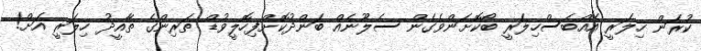
ކުރަން ހިލަރީ އެއްބަސްހިލަރީ ބޯކޮށަންވެގެން ސެލޫނެއް ބަންދުކޮށްފިހޮލީވުޑް ތަރިންގެ ތާއީދު ހިލަރީ އަށް!